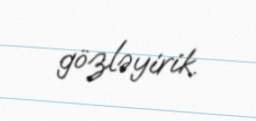
gözləyirik.